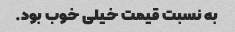
به نسبت قیمت خیلی خوب بود.